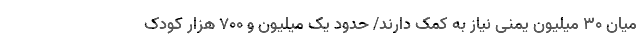
میان ۳۰ میلیون یمنی نیاز به کمک دارند/ حدود یک میلیون و ۷۰۰ هزار کودک